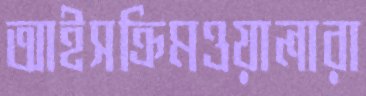
আইসক্রিমওয়ালারা